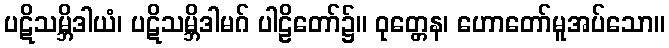
ပဋိသမ္ဘိဒါယံ၊ ပဋိသမ္ဘိဒါမဂ် ပါဠိတော်၌။ ဝုတ္တေန၊ ဟောတော်မူအပ်သော။